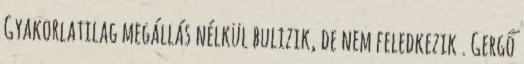
Gyakorlatilag megállás nélkül bulizik, de nem feledkezik . Gergő